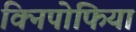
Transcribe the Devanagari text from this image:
क्निपोफिया